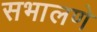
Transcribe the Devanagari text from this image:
सभालणे